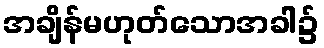
အချိန်မဟုတ်သောအခါ၌